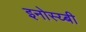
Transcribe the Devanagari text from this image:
इनोस्य्बी